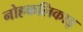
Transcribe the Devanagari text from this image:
नोहकलिकाइ